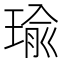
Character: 瑜